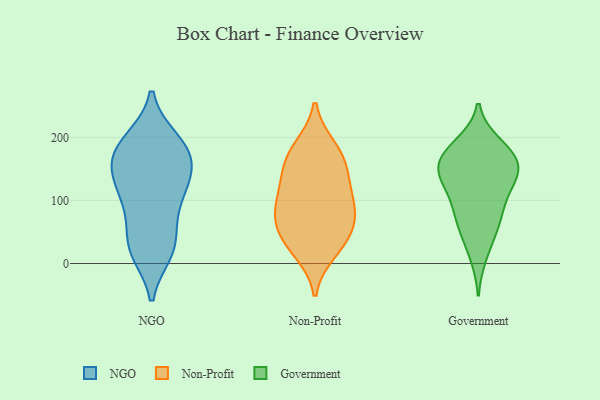
{"axis": {"x": "Demand Index", "y": "Value"}, "legend": ["Government", "NGO", "Non-Profit"], "data": [{"x": "", "y": 151, "type": "NGO"}, {"x": "", "y": 132, "type": "NGO"}, {"x": "", "y": 195, "type": "NGO"}, {"x": "", "y": 181, "type": "NGO"}, {"x": "", "y": 128, "type": "NGO"}, {"x": "", "y": 24, "type": "NGO"}, {"x": "", "y": 79, "type": "NGO"}, {"x": "", "y": 26, "type": "NGO"}, {"x": "", "y": 19, "type": "NGO"}, {"x": "", "y": 33, "type": "NGO"}, {"x": "", "y": 194, "type": "NGO"}, {"x": "", "y": 105, "type": "NGO"}, {"x": "", "y": 151, "type": "NGO"}, {"x": "", "y": 168, "type": "NGO"}, {"x": "", "y": 98, "type": "NGO"}, {"x": "", "y": 179, "type": "NGO"}, {"x": "", "y": 92, "type": "Non-Profit"}, {"x": "", "y": 183, "type": "Non-Profit"}, {"x": "", "y": 90, "type": "Non-Profit"}, {"x": "", "y": 32, "type": "Non-Profit"}, {"x": "", "y": 54, "type": "Non-Profit"}, {"x": "", "y": 138, "type": "Non-Profit"}, {"x": "", "y": 173, "type": "Non-Profit"}, {"x": "", "y": 160, "type": "Non-Profit"}, {"x": "", "y": 53, "type": "Non-Profit"}, {"x": "", "y": 20, "type": "Non-Profit"}, {"x": "", "y": 83, "type": "Non-Profit"}, {"x": "", "y": 120, "type": "Non-Profit"}, {"x": "", "y": 134, "type": "Government"}, {"x": "", "y": 103, "type": "Government"}, {"x": "", "y": 174, "type": "Government"}, {"x": "", "y": 156, "type": "Government"}, {"x": "", "y": 156, "type": "Government"}, {"x": "", "y": 76, "type": "Government"}, {"x": "", "y": 143, "type": "Government"}, {"x": "", "y": 138, "type": "Government"}, {"x": "", "y": 13, "type": "Government"}, {"x": "", "y": 62, "type": "Government"}, {"x": "", "y": 189, "type": "Government"}, {"x": "", "y": 87, "type": "Government"}, {"x": "", "y": 47, "type": "Government"}, {"x": "", "y": 183, "type": "Government"}, {"x": "", "y": 170, "type": "Government"}, {"x": "", "y": 129, "type": "Government"}]}